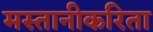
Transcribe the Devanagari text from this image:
मस्तानीकरिता